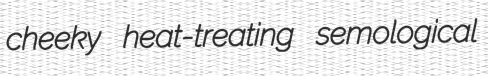
cheeky heat-treating semological